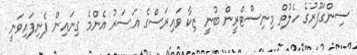
ސިންގަޕޫރުގެ ހެލުތް މިނިސްޓްރީން ބުނީ ޒިކާ ވައިރަސްގެ އަސަރު އެންމެ ގިނައިން ފެނިފައިވަނީ